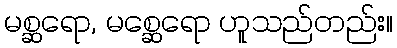
မစ္ဆရော, မစ္ဆေရော ဟူသည်တည်း။